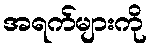
အရက်များကို